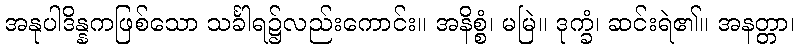
အနုပါဒိန္နကဖြစ်သော သင်္ခါရ၌လည်းကောင်း။ အနိစ္စံ၊ မမြဲ။ ဒုက္ခံ၊ ဆင်းရဲ၏။ အနတ္တာ၊